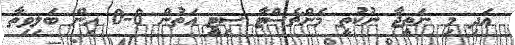
އަދި މި ނަތީޖާ ނުކުތީ މެންޗެސްޓާ ސިޓީ އަތުން 6-0 އިން ބަލިވިތާ